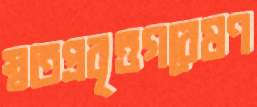
স্বতপ্রবৃত্তগবেষণ